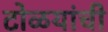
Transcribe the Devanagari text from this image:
टोळयांची